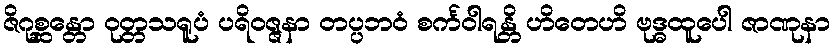
ဇိဂုစ္ဆန္တော ဝုတ္တသရူပံ ပရိဝဇ္ဇနာ တပ္ပဘဝံ စင်္ကဝါရန္တိ ဟိတေဟိ ဗုဒ္ဓထူပေါ ဇာဏုနာ